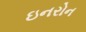
ઇનરોન